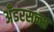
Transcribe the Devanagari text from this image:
अँडरसन्स